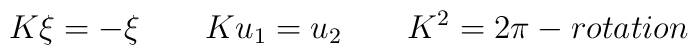
K\xi =-\xi \qquad Ku_{1}=u_{2}\qquad K^{2}=2\pi -rotation